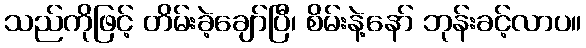
သည်ကိုဖြင့် တိမ်းခဲ့ချော်ပြီ၊ စိမ်းနဲ့နော် ဘုန်းခင့်လာပ။